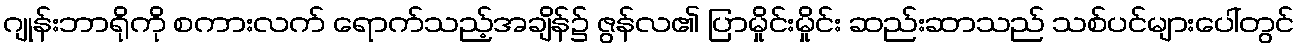
ဂျုန်းဘာရိုကို စကားလက် ရောက်သည့်အချိန်၌ ဇွန်လ၏ ပြာမှိုင်းမှိုင်း ဆည်းဆာသည် သစ်ပင်များပေါ်တွင်